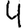
Digit: 4